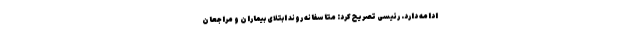
ادامه دارد. رئیسی تصریح کرد: متاسفانه روند ابتلای بیماران و مراجعان